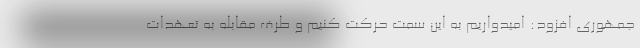
جمهوری افزود: امیدواریم به این سمت حرکت کنیم و طرف مقابله به تعهدات